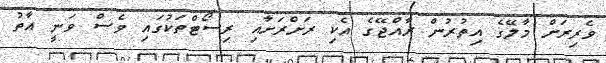
ވެރިރަށް މާލޭގެ އިތުރުން ރާއްޖޭގެ އެކި ރަށްރަށާއި ރިސޯޓްތަކުގައި ވެސް ވަނީ އާތު